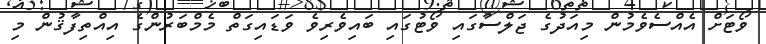
ވޯޓަށް އެއްސެވެމުން މިއަދުގެ ޖަލްސާގައި ވޯޓުގައި ބައިވެރިވެ ވަޑައިގަތް މެމްބަރުންގެ އިއްތިފާޤުން މި